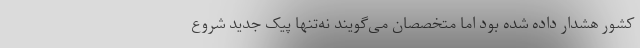
کشور هشدار داده شده بود اما متخصصان می‌گویند نه‌تنها پیک جدید شروع